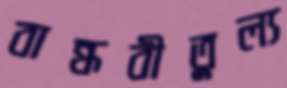
বান্ধবীতুল্য